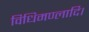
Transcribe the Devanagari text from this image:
विधिमण्लादि।